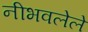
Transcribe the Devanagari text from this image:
नीभवलेले